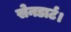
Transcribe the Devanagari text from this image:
सेनडार्ट।